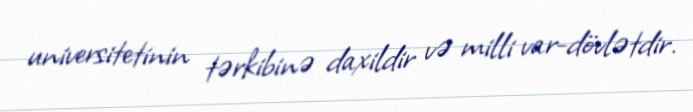
universitetinin tərkibinə daxildir və milli var-dövlətdir.